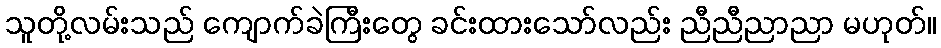
သူတို့လမ်းသည် ကျောက်ခဲကြီးတွေ ခင်းထားသော်လည်း ညီညီညာညာ မဟုတ်။